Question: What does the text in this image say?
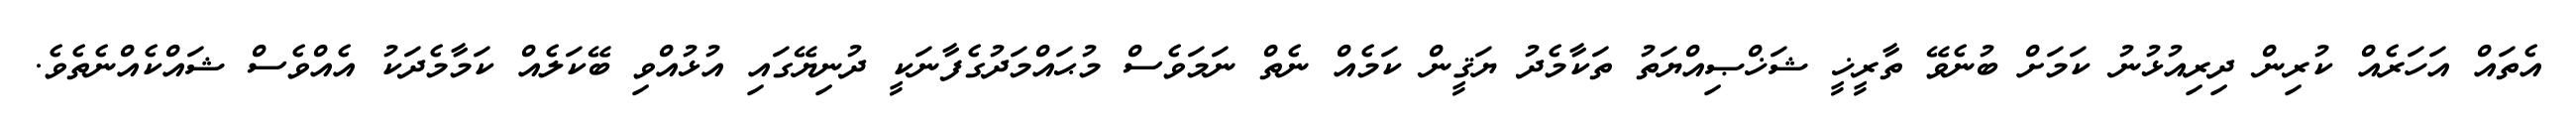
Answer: އެތައް އަހަރެއް ކުރިން ދިރިއުޅުނު ކަމަށް ބުނެވޭ ތާރީޚީ ޝަޚްޞިއްޔަތު ތަކާމެދު ޔަޤީން ކަމެއް ނެތް ނަމަވެސް މުޙައްމަދުގެފާނަކީ ދުނިޔޭގައި އުޅުއްވި ބޭކަލެއް ކަމާމެދަކު އެއްވެސް ޝައްކެއްނެތެވެ.